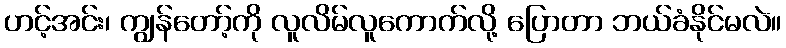
ဟင့်အင်း၊ ကျွန်တော့်ကို လူလိမ်လူကောက်လို့ ပြောတာ ဘယ်ခံနိုင်မလဲ။